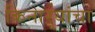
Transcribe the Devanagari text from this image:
किनाऱ्यांचा